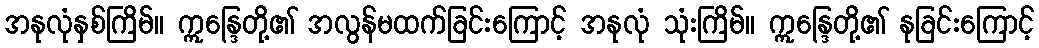
အနုလုံနှစ်ကြိမ်။ ဣန္ဒြေတို့၏ အလွန်မထက်ခြင်းကြောင့် အနုလုံ သုံးကြိမ်။ ဣန္ဒြေတို့၏ နုခြင်းကြောင့်